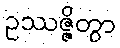
ဥဿဇ္ဇိတွာ